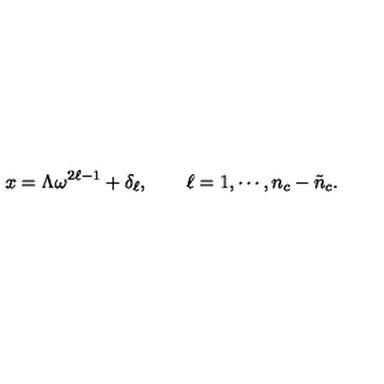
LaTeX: x = \Lambda \omega ^ { 2 \ell - 1 } + \delta _ { \ell } , \qquad \ell = 1 , \cdots , n _ { c } - \tilde { n } _ { c } .